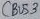
Text: CBUS3